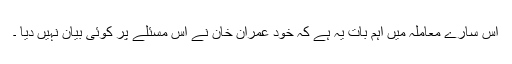
اس سارے معاملہ میں اہم بات یہ ہے کہ خود عمران خان نے اس مسئلے پر کوئی بیان نہیں دیا ۔